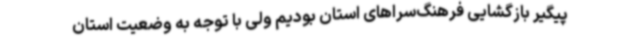
پیگیر بازگشایی فرهنگ‌سراهای استان بودیم ولی با توجه به وضعیت استان